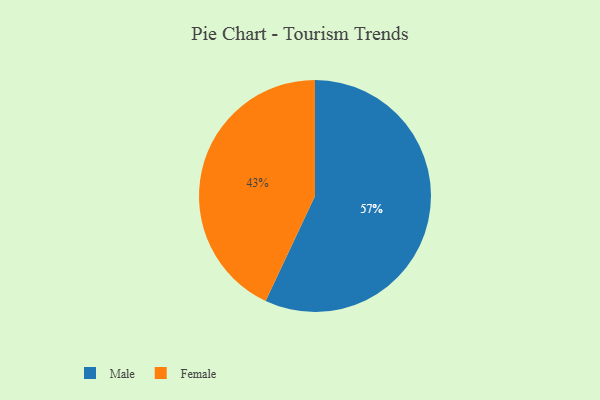
{"axis": {"x": "Category", "y": "Percentage"}, "legend": ["Female", "Male"], "data": [{"x": "Female", "y": 43, "type": "Female"}, {"x": "Male", "y": 57, "type": "Male"}]}